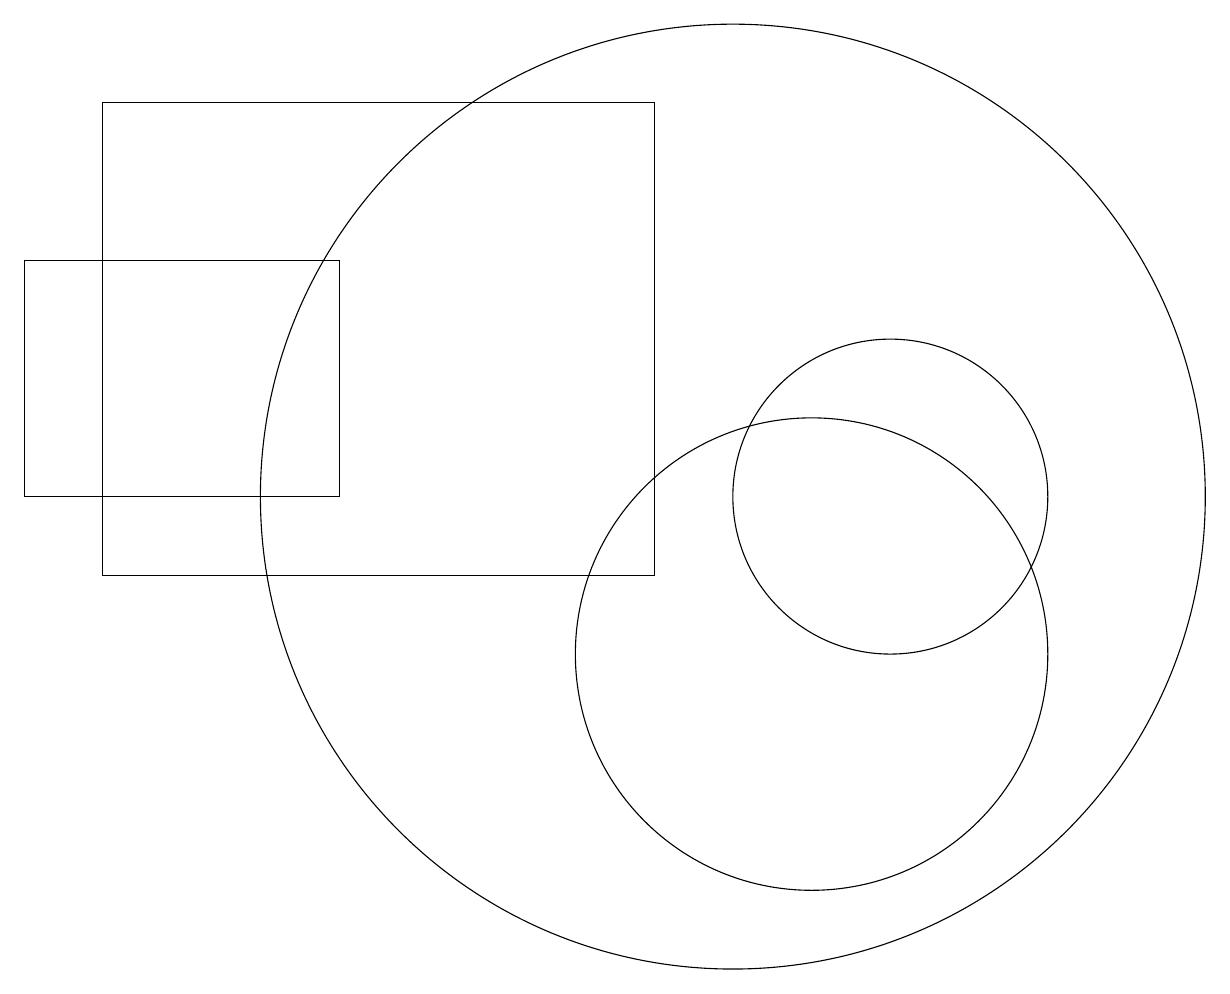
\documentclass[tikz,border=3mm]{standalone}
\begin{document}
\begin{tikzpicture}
\draw (4,17) rectangle (8,17);
\draw (11,10) circle (3);
\draw (10,12) circle (6);
\draw (9,11) rectangle (2,17);
\draw (12,12) circle (2);
\draw (1,12) rectangle (5,15);
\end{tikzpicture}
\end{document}